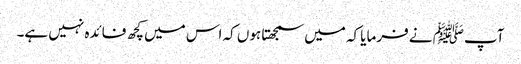
آپﷺ نے فرمایا کہ میں سمجھتا ہوں کہ اس میں کچھ فائدہ نہیں ہے۔